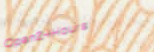
Open24Hours